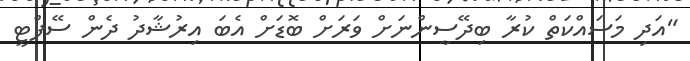
"އަދި މަސައްކަތް ކުރާ ބިދޭސީންނަށް ވަރަށް ބޮޑަށް އެބަ އިރުޝާދު ދެން ސޭފްޓީ